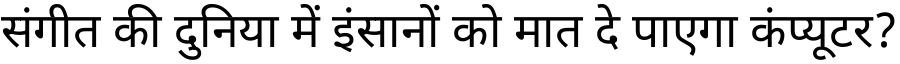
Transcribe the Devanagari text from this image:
संगीत की दुनिया में इंसानों को मात दे पाएगा कंप्यूटर?